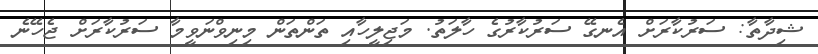
ޝިދާތާ: ސަރުކާރަށް އެނގޭ ސަރުކާރުގެ ހާލަތު. މަޖިލީހާއި ތަންތަން މިނިވްނަވީމާ ސަރުކާރަށް ޖެހޭނެ